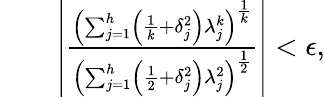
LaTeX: \begin{array}{rlr}&{}&{\left|\frac{\left(\sum_{j=1}^{h}\left(\frac{1}{k}+\delta_{j}^{2}\right)\lambda_{j}^{k}\right)^{\frac{1}{k}}}{\left(\sum_{j=1}^{h}\left(\frac{1}{2}+\delta_{j}^{2}\right)\lambda_{j}^{2}\right)^{\frac{1}{2}}}\right|<\epsilon,}\end{array}